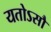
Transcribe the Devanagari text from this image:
यतोऽसौ